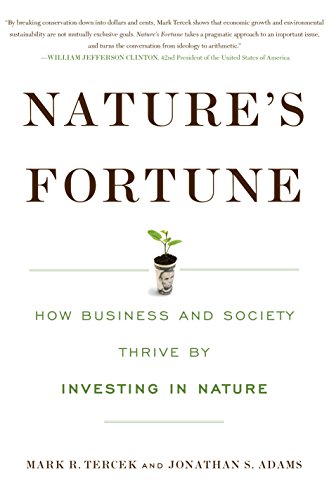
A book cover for Nature's Fortune: How Business and Society Thrive By Investing in Nature; Mark R. Tercek; Business & Money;